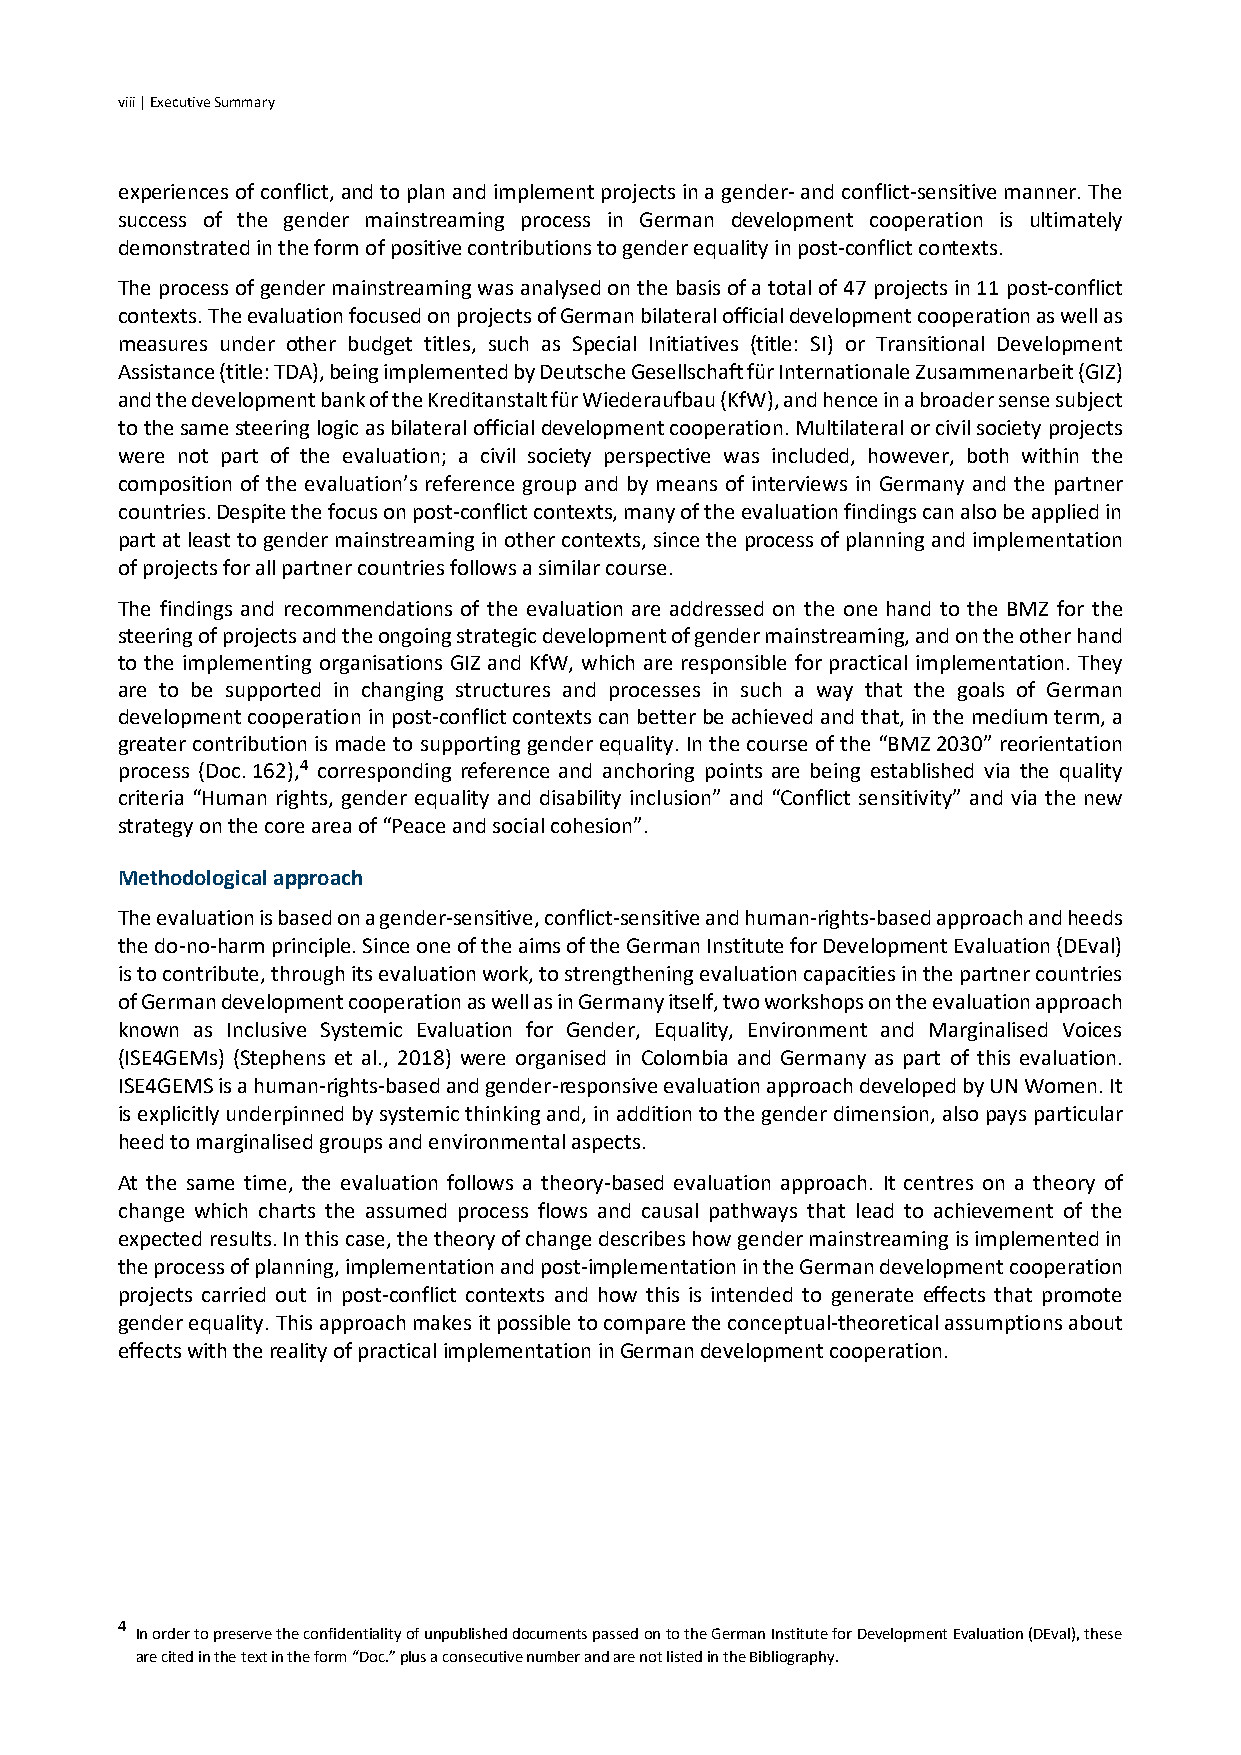
viii | Executive Summary
 experiences of conflict, and to plan and implement projects in a gender- and conflict-sensitive manner. The
 success of the gender mainstreaming process in German development cooperation is ultimately
 demonstrated in the form of positive contributions to gender equality in post-conflict contexts.
 The process of gender mainstreaming was analysed on the basis of a total of 47 projects in 11 post-conflict
 contexts. The evaluation focused on projects of German bilateral official development cooperation as well as
 measures under other budget titles, such as Special Initiatives (title: SI) or Transitional Development
 Assistance (title: TDA), being implemented by Deutsche Gesellschaft für Internationale Zusammenarbeit (GIZ)
 and the development bank of the Kreditanstalt für Wiederaufbau (KfW), and hence in a broader sense subject
 to the same steering logic as bilateral official development cooperation. Multilateral or civil society projects
 were not part of the evaluation; a civil society perspective was included, however, both within the
 composition of the evaluation’s reference group and by means of interviews in Germany and the partner
 countries. Despite the focus on post-conflict contexts, many of the evaluation findings can also be applied in
 part at least to gender mainstreaming in other contexts, since the process of planning and implementation
 of projects for all partner countries follows a similar course.
 The findings and recommendations of the evaluation are addressed on the one hand to the BMZ for the
 steering of projects and the ongoing strategic development of gender mainstreaming, and on the other hand
 to the implementing organisations GIZ and KfW, which are responsible for practical implementation. They
 are to be supported in changing structures and processes in such a way that the goals of German
 development cooperation in post-conflict contexts can better be achieved and that, in the medium term, a
 greater contribution is made to supporting gender equality. In the course of the “BMZ 2030” reorientation
 process (Doc. 162),4 corresponding reference and anchoring points are being established via the quality
 criteria “Human rights, gender equality and disability inclusion” and “Conflict sensitivity” and via the new
 strategy on the core area of “Peace and social cohesion”.
 Methodological approach
 The evaluation is based on a gender-sensitive, conflict-sensitive and human-rights-based approach and heeds
 the do-no-harm principle. Since one of the aims of the German Institute for Development Evaluation (DEval)
 is to contribute, through its evaluation work, to strengthening evaluation capacities in the partner countries
 of German development cooperation as well as in Germany itself, two workshops on the evaluation approach
 known as Inclusive Systemic Evaluation for Gender, Equality, Environment and Marginalised Voices
 (ISE4GEMs) (Stephens et al., 2018) were organised in Colombia and Germany as part of this evaluation.
 ISE4GEMS is a human-rights-based and gender-responsive evaluation approach developed by UN Women. It
 is explicitly underpinned by systemic thinking and, in addition to the gender dimension, also pays particular
 heed to marginalised groups and environmental aspects.
 At the same time, the evaluation follows a theory-based evaluation approach. It centres on a theory of
 change which charts the assumed process flows and causal pathways that lead to achievement of the
 expected results. In this case, the theory of change describes how gender mainstreaming is implemented in
 the process of planning, implementation and post-implementation in the German development cooperation
 projects carried out in post-conflict contexts and how this is intended to generate effects that promote
 gender equality. This approach makes it possible to compare the conceptual-theoretical assumptions about
 effects with the reality of practical implementation in German development cooperation.
 4
 In order to preserve the confidentiality of unpublished documents passed on to the German Institute for Development Evaluation (DEval), these
 are cited in the text in the form “Doc.” plus a consecutive number and are not listed in the Bibliography.